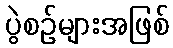
ပွဲစဉ်များအဖြစ်